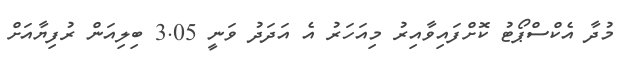
މުދާ އެކްސްޕޯޓު ކޮށްފައިވާއިރު މިއަހަރު އެ އަދަދު ވަނީ 3.05 ބިލިއަން ރުފިޔާއަށް